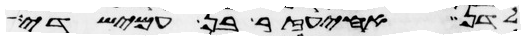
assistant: לדן אחיעזר בן עמישדי